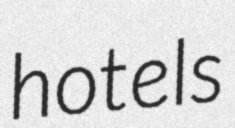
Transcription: hotels